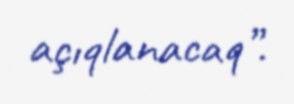
açıqlanacaq”.